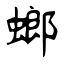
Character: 螂